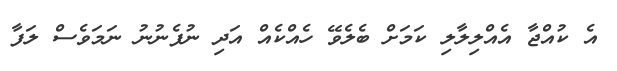
އެ ކުއްޖާ އެއްލިލާލި ކަމަށް ބެލެވޭ ހެއްކެއް އަދި ނުފެނުނު ނަމަވެސް ލަފާ